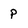
Character: P